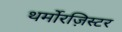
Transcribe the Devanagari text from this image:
थर्मोरज़िस्टर